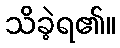
သိခဲ့ရ၏။